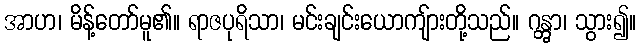
အာဟ၊ မိန့်တော်မူ၏။ ရာဇပုရိသာ၊ မင်းချင်းယောကျ်ားတို့သည်။ ဂန္တွာ၊ သွား၍။